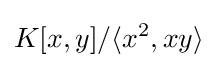
K[x,y]/\langle x^{2},xy\rangle